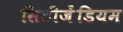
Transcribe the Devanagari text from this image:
सिटीजेंडियम